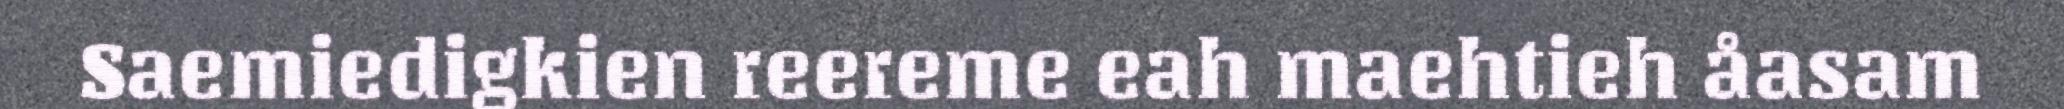
Saemiedigkien reereme eah maehtieh åasam